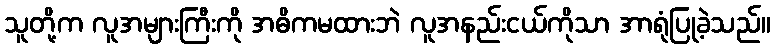
သူတို့က လူအများကြီးကို အဓိကမထားဘဲ လူအနည်းငယ်ကိုသာ အာရုံပြုခဲ့သည်။